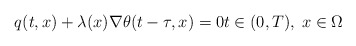
\begin{align*} q(t, x) + \lambda(x) \nabla \theta(t - \tau, x) = 0 t \in (0, T), \; x \in \Omega \end{align*}